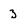
Character: 3